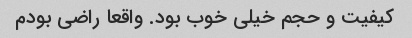
کیفیت و حجم خیلی خوب بود. واقعا راضی بودم